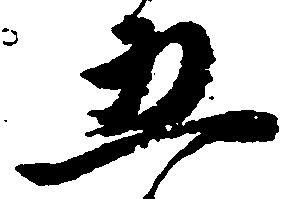
五